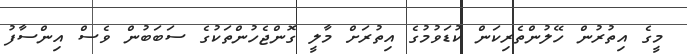
މީގެ އިތުރުން ހޭލުންތެރިކަން ކުޑަވުމުގެ އިތުރަށް މާލީ ގޮންޖެހުންތަކުގެ ސަބަބުން ވެސް އިންސާފު